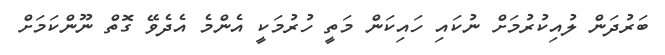
ބަރުދަން ލުއިކުރުމަށް ނުކައި ހައިކަން މަތީ ހުރުމަކީ އެންމެ އެދެވޭ ގޮތް ނޫންކަމަށް